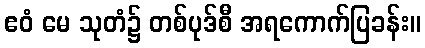
ဧဝံ မေ သုတံ၌ တစ်ပုဒ်စီ အရကောက်ပြခန်း။